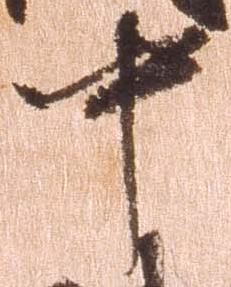
中